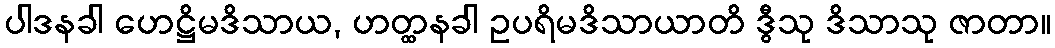
ပါဒနခါ ဟေဋ္ဌိမဒိသာယ, ဟတ္ထနခါ ဥပရိမဒိသာယာတိ ဒွီသု ဒိသာသု ဇာတာ။